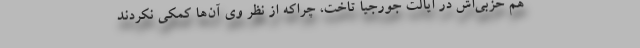
هم حزبی‌اش در ایالت جورجیا تاخت، چراکه از نظر وی آن‌ها کمکی نکردند